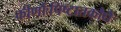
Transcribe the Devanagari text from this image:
कीर्णौःपिष्टातकौधैः